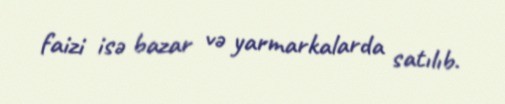
faizi isə bazar və yarmarkalarda satılıb.